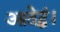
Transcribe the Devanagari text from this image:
आतेद्धं।